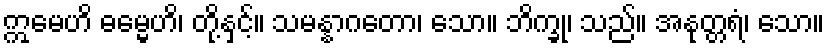
ဣမေဟိ ဓမ္မေဟိ၊ တို့နှင့်။ သမန္နာဂတော၊ သော။ ဘိက္ခု၊ သည်။ အနုတ္တရံ၊ သော။